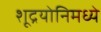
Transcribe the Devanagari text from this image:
शूद्रयोनिमध्ये